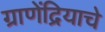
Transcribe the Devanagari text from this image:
ग्राणेंद्रियाचे